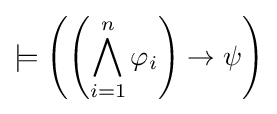
\models \left(\left(\bigwedge _{i=1}^{n}\varphi _{i}\right)\rightarrow \psi \right)